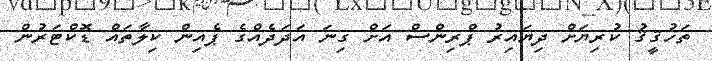
ތަހުޤީޤު ކުރިޔަށް ދިޔައިރު ޕްރިންސް އަށް ގިނަ އަދަދެއްގެ ޕެއިން ކިލާތައް ޑޮކްޓަރުން